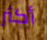
أكثر